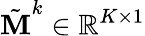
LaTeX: \tilde{\textbf{M}}^{k}\in\mathbb{R}^{K\times 1}